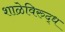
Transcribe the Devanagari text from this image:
शाळेविरुद्ध